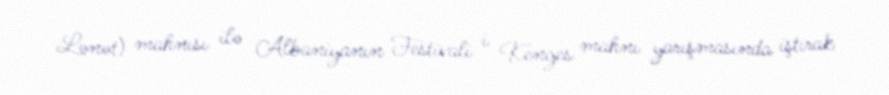
Lənət) mahnısı ilə Albaniyanın Festivali i Këngës mahnı yarışmasında iştirak